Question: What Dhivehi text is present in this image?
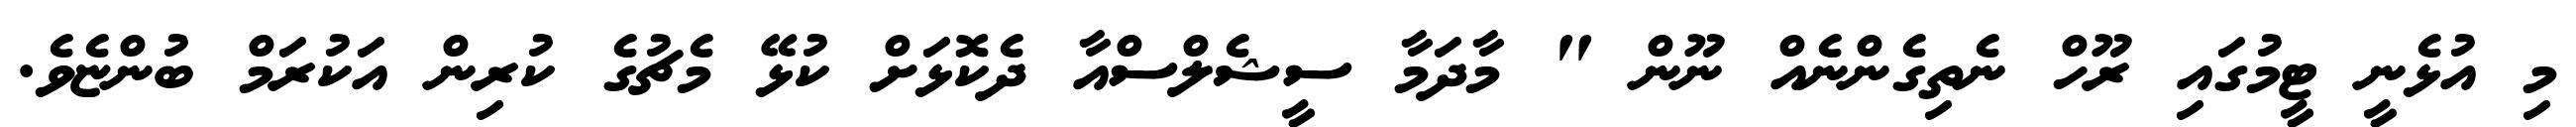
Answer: މި އުޅެނީ ޓީމުގައި ރޫހް ނެތިގެންނެއް ނޫން " މާދަމާ ސީޝެލްސްއާ ދެކޮޅަށް ކުޅޭ މެޗުގެ ކުރިން އަކުރަމް ބުންޏެވެ.